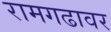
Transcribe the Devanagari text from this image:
रामगढावर